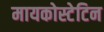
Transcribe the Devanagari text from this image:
मायकोस्टेटिन